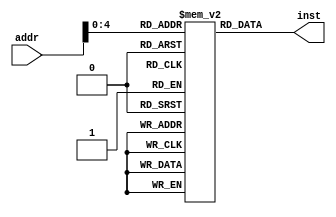
`timescale 1ns / 1ps
//////////////////////////////////////////////////////////////////////////////////
// Company: 
// Engineer: 
// 
// Design Name: 
// Module Name: instMem
// Project Name: 
// Target Devices: 
// Tool Versions: 
// Description: 
// 
// Dependencies: 
// 
// Revision:
// Revision 0.01 - File Created
// Additional Comments:
// 
//////////////////////////////////////////////////////////////////////////////////


module instMem (input [7:0] addr, output [31:0] inst);
reg [31:0] mem [31:0]; // 64 instructions of size 32 bits
 assign inst = mem[addr];
 
    initial begin
         mem[0]=32'b01000000000100011000000010110011 ; //sub x1, x3, x1           x1 = 2
         mem[1]=32'b0000000_00010_00011_000_00010_0110011 ; //add x2, x3, x2      x2 = 5 
         mem[2]=32'b00000000000100100001000110110011 ; //sll x3, x4, x1           x3 =16 
         mem[3]=32'b00000000011000101010001000110011 ; //slt x4, x5, x6           x4 = 1
         mem[4]=32'b00000000010100110010001010110011; //slt x5, x6, x5            x5 = 0 
         mem[5]=32'b00000000100000111100001100110011 ; //xor x6, x7, x8           x6 = 15
         mem[6]=32'b00000000000100111101001110110011 ; //srl x7, x7, x1           x7 = 1  
         mem[7]=32'b00000000111101000110010000110011; //or x8, x8, x15            x8 = 15
         mem[8]=32'b00000000101001001111010010110011 ; //and x9, x9, x10          x9 = 8
         mem[9]=32'b00000000001001010000010100010011 ; //addi x10, x10, 2         x10 = 12
         mem[10]=32'b00000001111101011010010110010011 ; //slti x11, x11, 31       x11 = 1 
         mem[11]=32'b00000000101001111100011000010011 ; //xori x12, x15, 10       x12 = 5
         mem[12]=32'b00000000101001111110011010010011 ; //ori x13, x15, 10        x13 = 15
         mem[13]=32'b00000000101001111111011100010011 ; //andi x14, x15, 10       x14 = 10
    end
 

 
endmodule